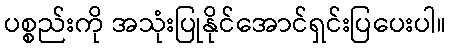
ပစ္စည်းကို အသုံးပြုနိုင်အောင်ရှင်းပြပေးပါ။